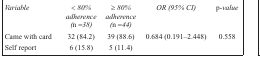
| Variable | < 80% adherence (n =38) | ≥ 80% adherence (n =44) | OR (95% CI) | p-value |
 | --- | --- | --- | --- | --- |
 | Came with card | 32 (84.2) | 39 (88.6) | 0.684 (0.191–2.448) | 0.558 |
 | Self report | 6 (15.8) | 5 (11.4) |  |  |